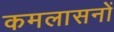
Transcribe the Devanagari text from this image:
कमलासनों